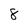
Character: 8